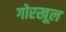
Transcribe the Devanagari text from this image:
गोरखूल